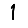
Digit: 1